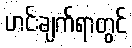
ဟင်းချက်ရာတွင်